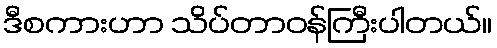
ဒီစကားဟာ သိပ်တာဝန်ကြီးပါတယ်။